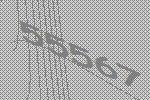
55567